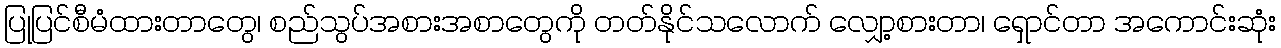
ပြုပြင်စီမံထားတာတွေ၊ စည်သွပ်အစားအစာတွေကို တတ်နိုင်သလောက် လျှော့စားတာ၊ ရှောင်တာ အကောင်းဆုံး